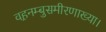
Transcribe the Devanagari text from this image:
वह़नम्‍बुसमीरणाख्‍या।